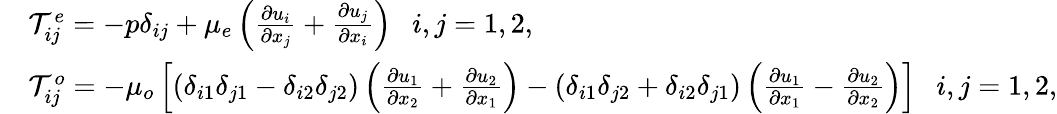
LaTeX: \begin{array}{rl}&{\mathcal{T}_{ij}^{e}=-p\delta_{ij}+\mu_{e}\left(\frac{\partial u_{i}}{\partial x_{j}}+\frac{\partial u_{j}}{\partial x_{i}}\right)~~~i,j=1,2,}\\ &{\mathcal{T}_{ij}^{o}=-\mu_{o}\left[(\delta_{i1}\delta_{j1}-\delta_{i2}\delta_{j2})\left(\frac{\partial u_{1}}{\partial x_{2}}+\frac{\partial u_{2}}{\partial x_{1}}\right)-(\delta_{i1}\delta_{j2}+\delta_{i2}\delta_{j1})\left(\frac{\partial u_{1}}{\partial x_{1}}-\frac{\partial u_{2}}{\partial x_{2}}\right)\right]~~~i,j=1,2,}\end{array}